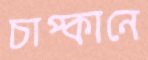
চাপ্কানে